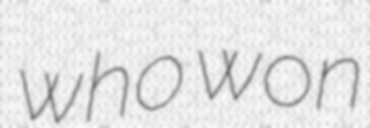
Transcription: who won